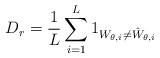
LaTeX: \begin{align*} D_{r}=\frac{1}{L}\sum_{i=1}^{L}1_{W_{\theta,i}\neq \hat{W}_{\theta,i}}\end{align*}